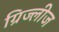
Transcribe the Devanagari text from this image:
ग्रिज्लीज